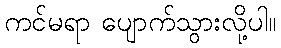
ကင်မရာ ပျောက်သွားလို့ပါ။